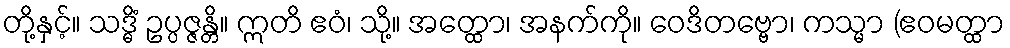
တို့နှင့်။ သဒ္ဓိံ ဥပ္ပဇ္ဇန္တိ။ ဣတိ ဧဝံ၊ သို့။ အတ္ထော၊ အနက်ကို။ ဝေဒိတဗ္ဗော၊ ကသ္မာ (ဧဝမတ္ထာ